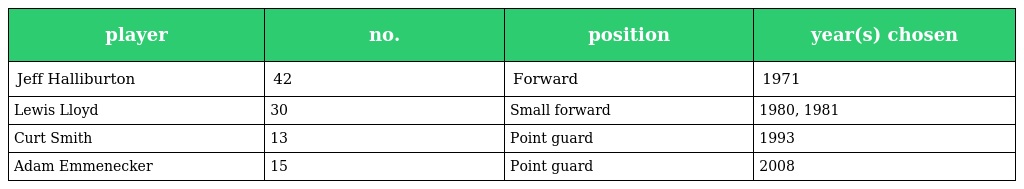
| player | no. | position | year(s) chosen |
 | --- | --- | --- | --- |
 | Jeff Halliburton | 42 | Forward | 1971 |
 | Lewis Lloyd | 30 | Small forward | 1980, 1981 |
 | Curt Smith | 13 | Point guard | 1993 |
 | Adam Emmenecker | 15 | Point guard | 2008 |